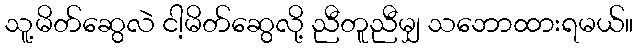
သူ့မိတ်ဆွေလဲ ငါ့မိတ်ဆွေလို့ ညီတူညီမျှ သဘောထားရမယ်။